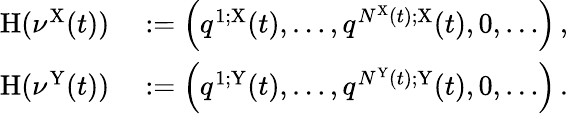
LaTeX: \begin{array}{rl}{\mathrm{H}(\nu^{\mathrm{X}}(t))}&{{}:=\left(q^{1;\mathrm{X}}(t),\dots,q^{N^{\mathrm{X}}(t);\mathrm{X}}(t),0,\dots\right)\, ,}\\ {\mathrm{H}(\nu^{\mathrm{Y}}(t))}&{{}:=\left(q^{1;\mathrm{Y}}(t),\dots,q^{N^{\mathrm{Y}}(t);\mathrm{Y}}(t),0,\dots\right)\, .}\end{array}